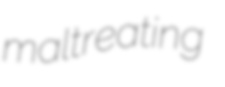
maltreating